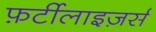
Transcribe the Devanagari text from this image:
फ़र्टीलाइज़र्स